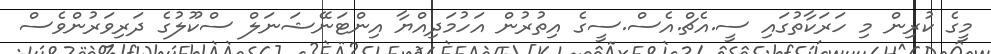
މީގެ ކުރިން މި ހަރަކާތުގައި ސީ.އެޗް.އެސް.ސީގެ އިތުރުން އަހުމަދިއްޔާ އިންޓަނޭޝަނަލް ސްކޫލުގެ ދަރިވަރުންވެސް